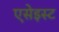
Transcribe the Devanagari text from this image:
एसेइस्ट